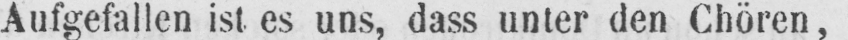
Aufgefallen ist es uns, dass unter den Chören,